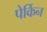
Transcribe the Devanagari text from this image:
पेर्किन